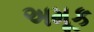
અમૂક